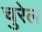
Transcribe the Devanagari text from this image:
चुरेल